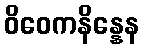
ဝိဝေကနိန္နေန